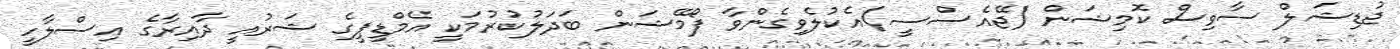
ޖުޑިޝަލް ސާވިސް ކޮމިޝަން (ޖޭއެސްސީ)އެކުލެވިގެންވާ ފޯމޭޝަން ބަދަލުކުރުމަކީ އެމްޑީޕީގެ ޝަރުއީ ދާއިރާގެ އިސްލާހީ